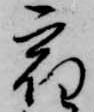
宿